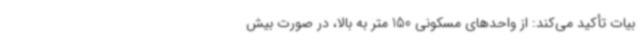
بیات تأکید می‌کند: از واحدهای مسکونی 150 متر به بالا، در صورت بیش